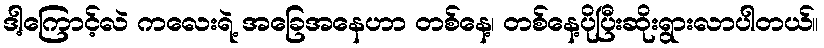
ဒါ့ကြောင့်လဲ ကလေးရဲ့ အခြေအနေဟာ တစ်နေ့၊ တစ်နေ့ပိုပြီးဆိုးရွားလာပါတယ်။